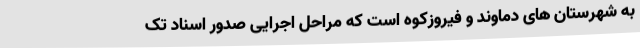
به شهرستان های دماوند و فیروزکوه است که مراحل اجرایی صدور اسناد تک